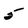
Character: 5